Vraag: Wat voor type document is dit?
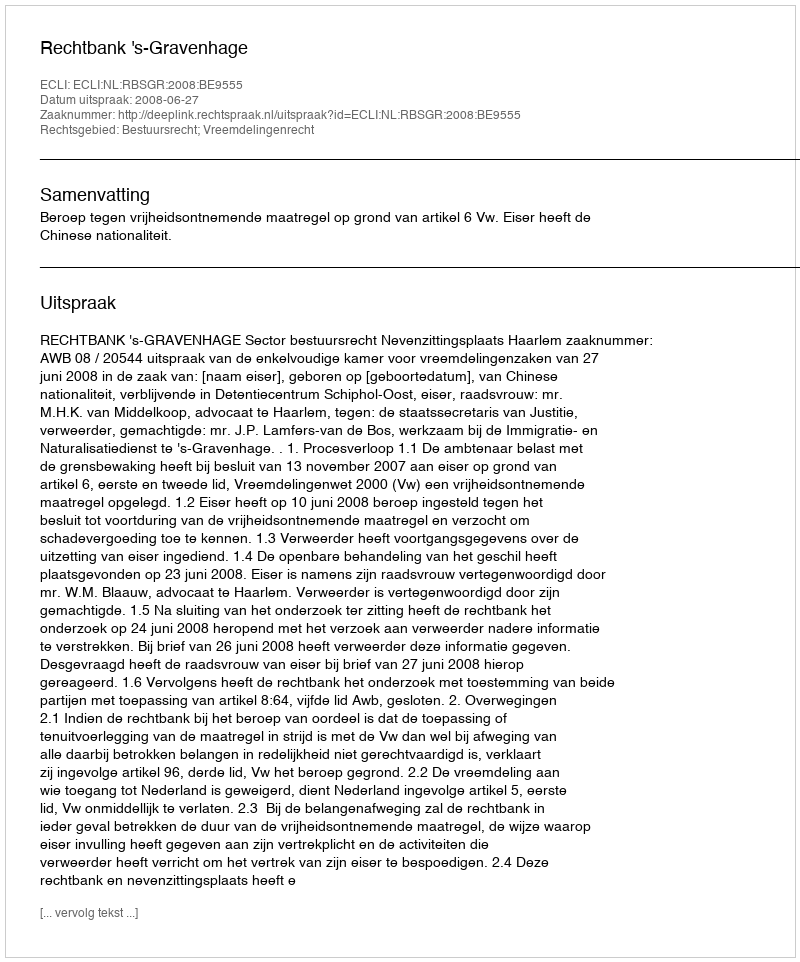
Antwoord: Uitspraak